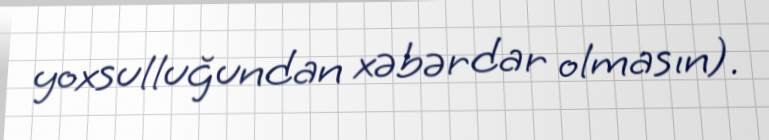
yoxsulluğundan xəbərdar olmasın).